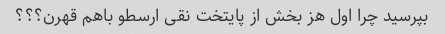
بپرسید چرا اول هز بخش از پایتخت نقی ارسطو باهم قهرن؟؟؟